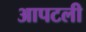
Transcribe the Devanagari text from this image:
आपटली